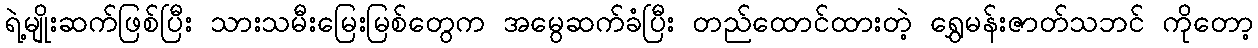
ရဲ့မျိုးဆက်ဖြစ်ပြီး သားသမီးမြေးမြစ်တွေက အမွေဆက်ခံပြီး တည်ထောင်ထားတဲ့ ရွှေမန်းဇာတ်သဘင် ကိုတော့